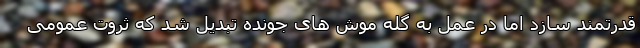
قدرتمند سازد اما در عمل به گله موش های جونده تبدیل شد که ثروت عمومی